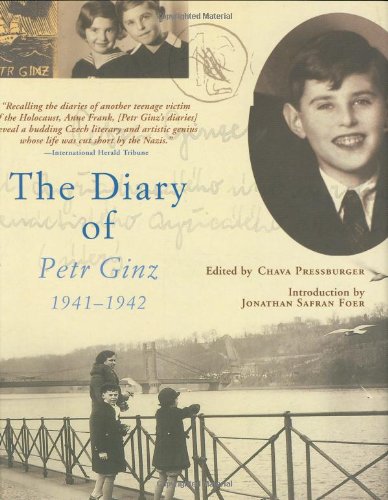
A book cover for The Diary of Petr Ginz; Biographies & Memoirs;